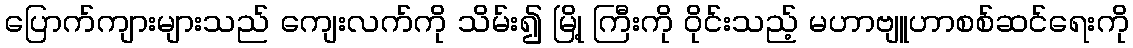
ပြောက်ကျားများသည် ကျေးလက်ကို သိမ်း၍ မြို့ ကြီးကို ဝိုင်းသည့် မဟာဗျူဟာစစ်ဆင်ရေးကို